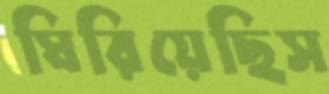
ঘিরিয়েছিস